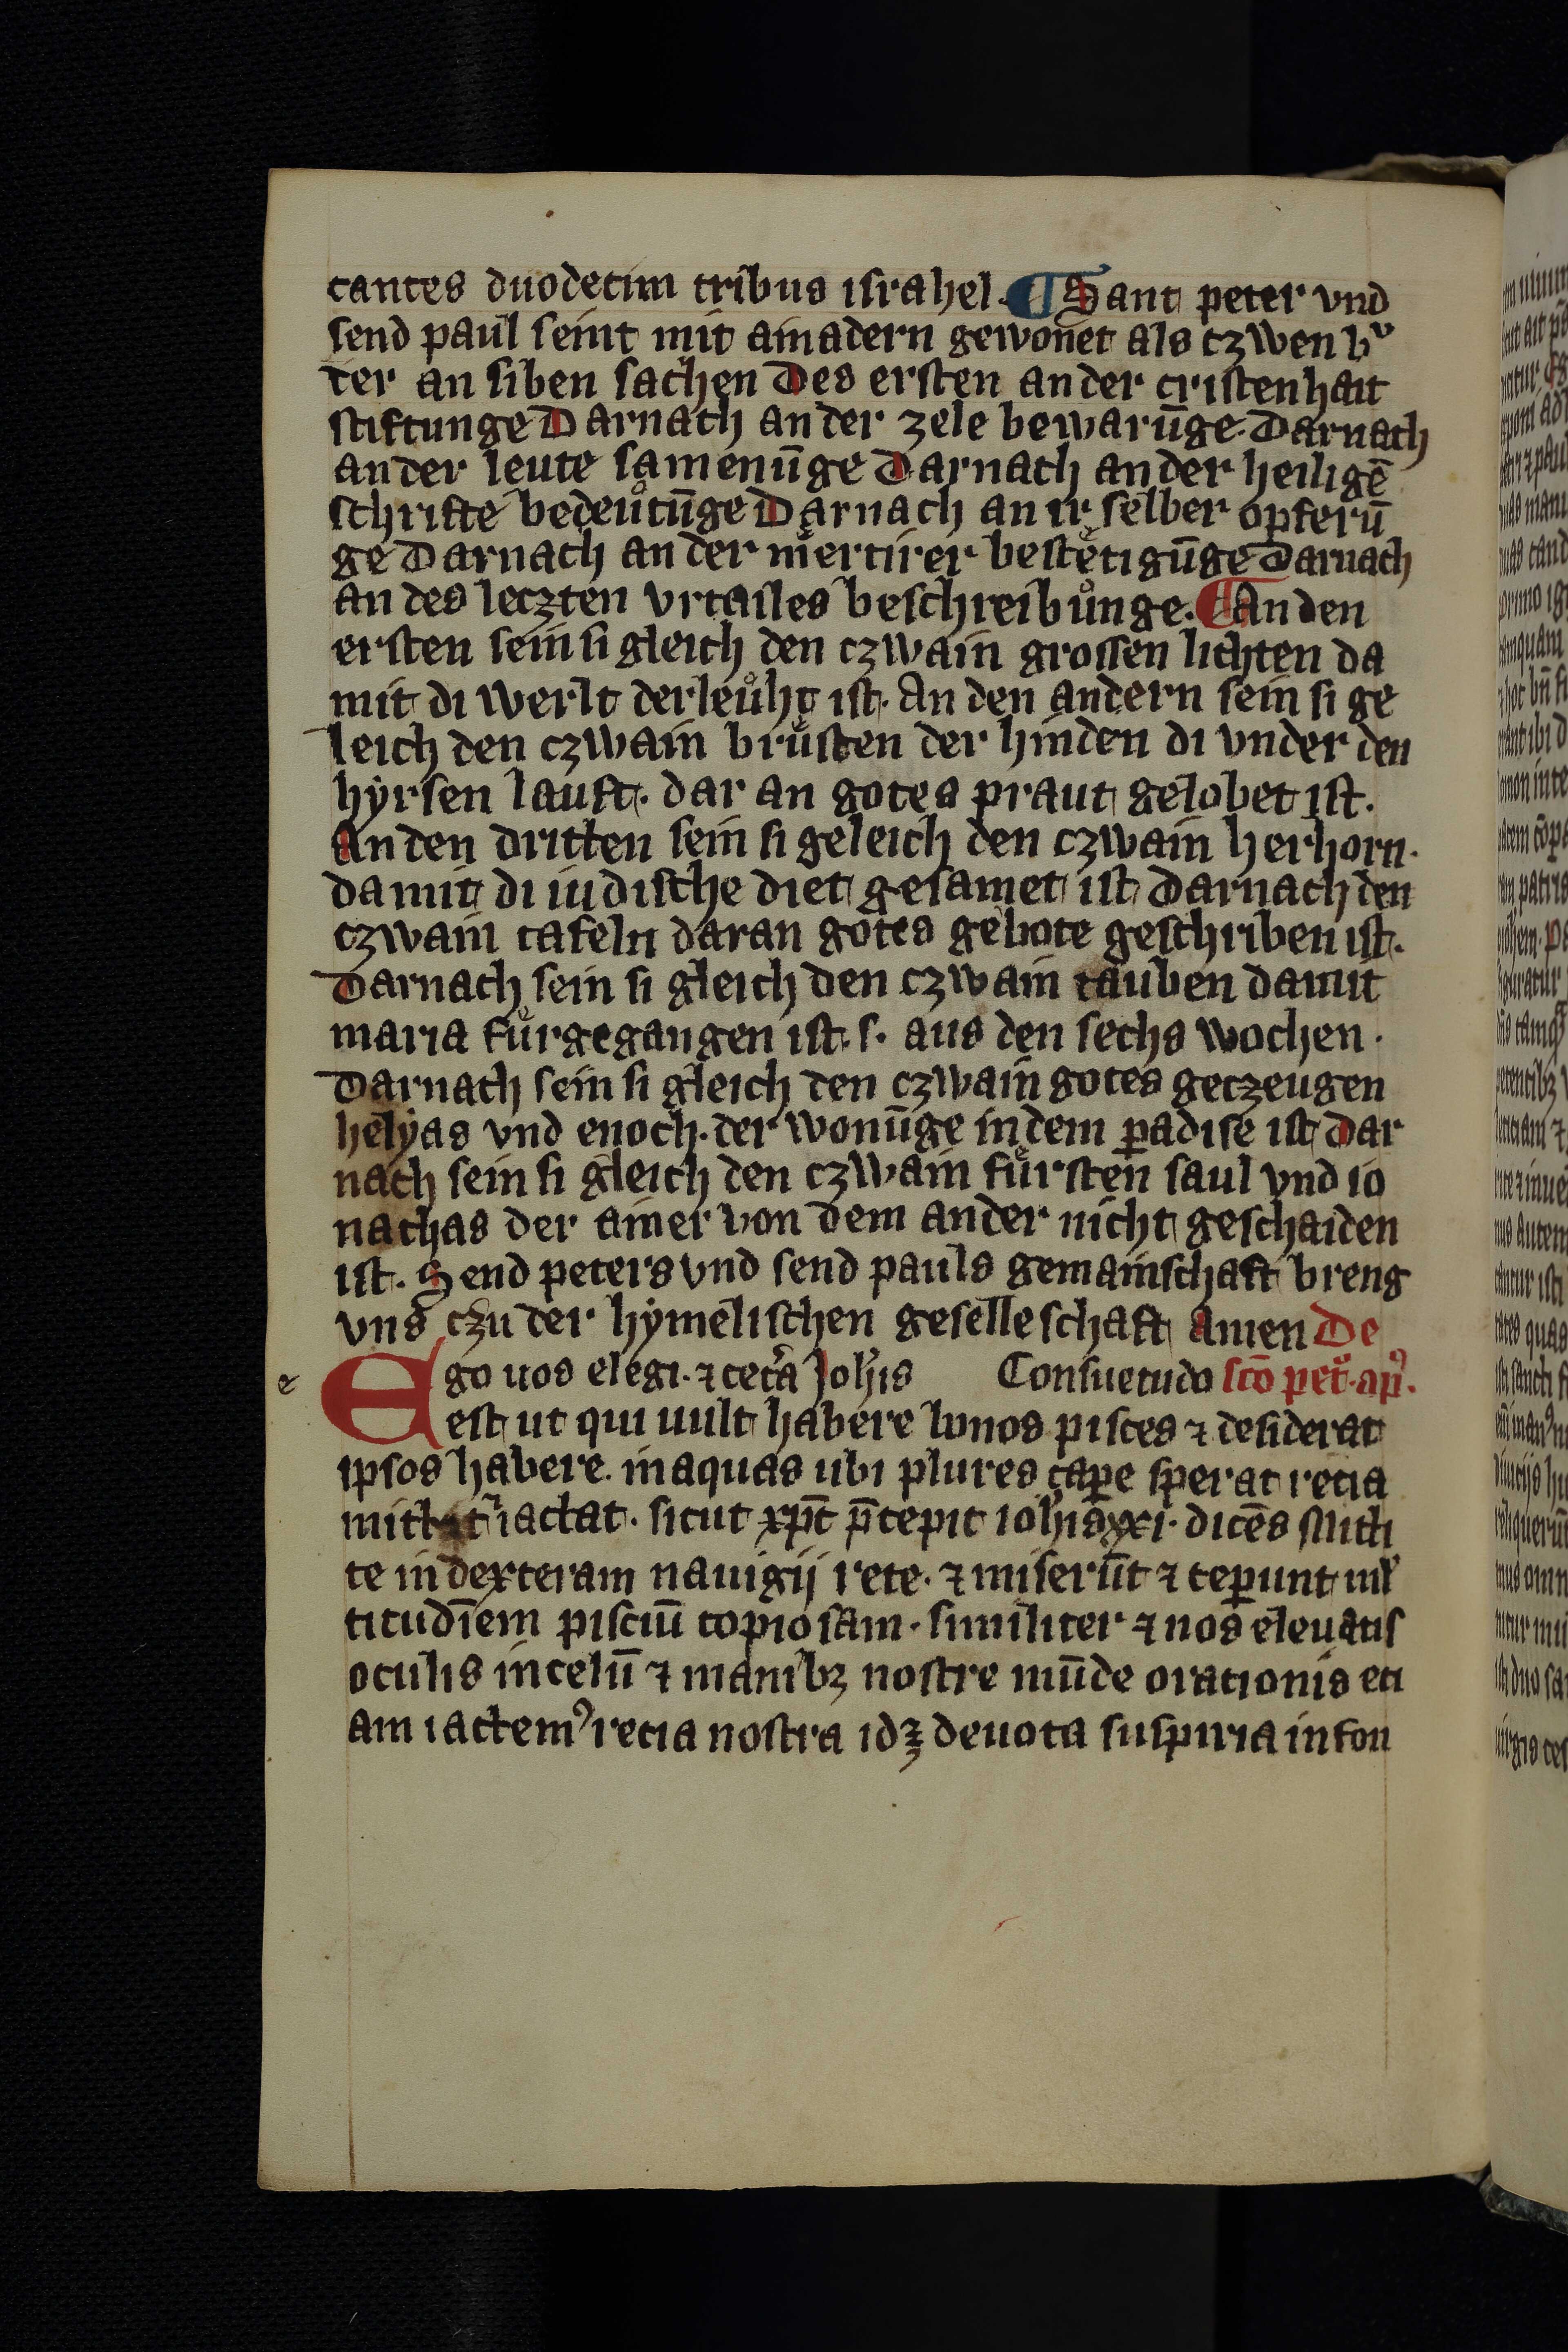
Shelfmark: Leipzig, Universitäts Bibliothek Leipzig, Ms 758
Century: 14